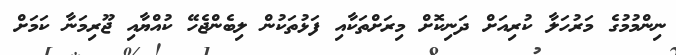
ނިންމުމުގެ މަރުހަލާ ކުރިއަށް ދަނިކޮށް މިރަށްތަކާއި ފަޅުތަކުން ލިބެންޖެހޭ ކުއްޔާއި ޖޫރިމަނާ ކަމަށް